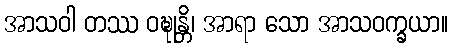
အာသဝါ တဿ ဝဍ္ဎုန္တိ၊ အာရာ သော အာသဝက္ခယာ။